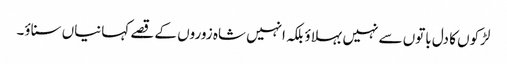
لڑکوں کا دل باتوں سے نہیں بہلاؤ بلکہ انہیں شاہ زوروں کے قصے کہانیاں سناؤ۔